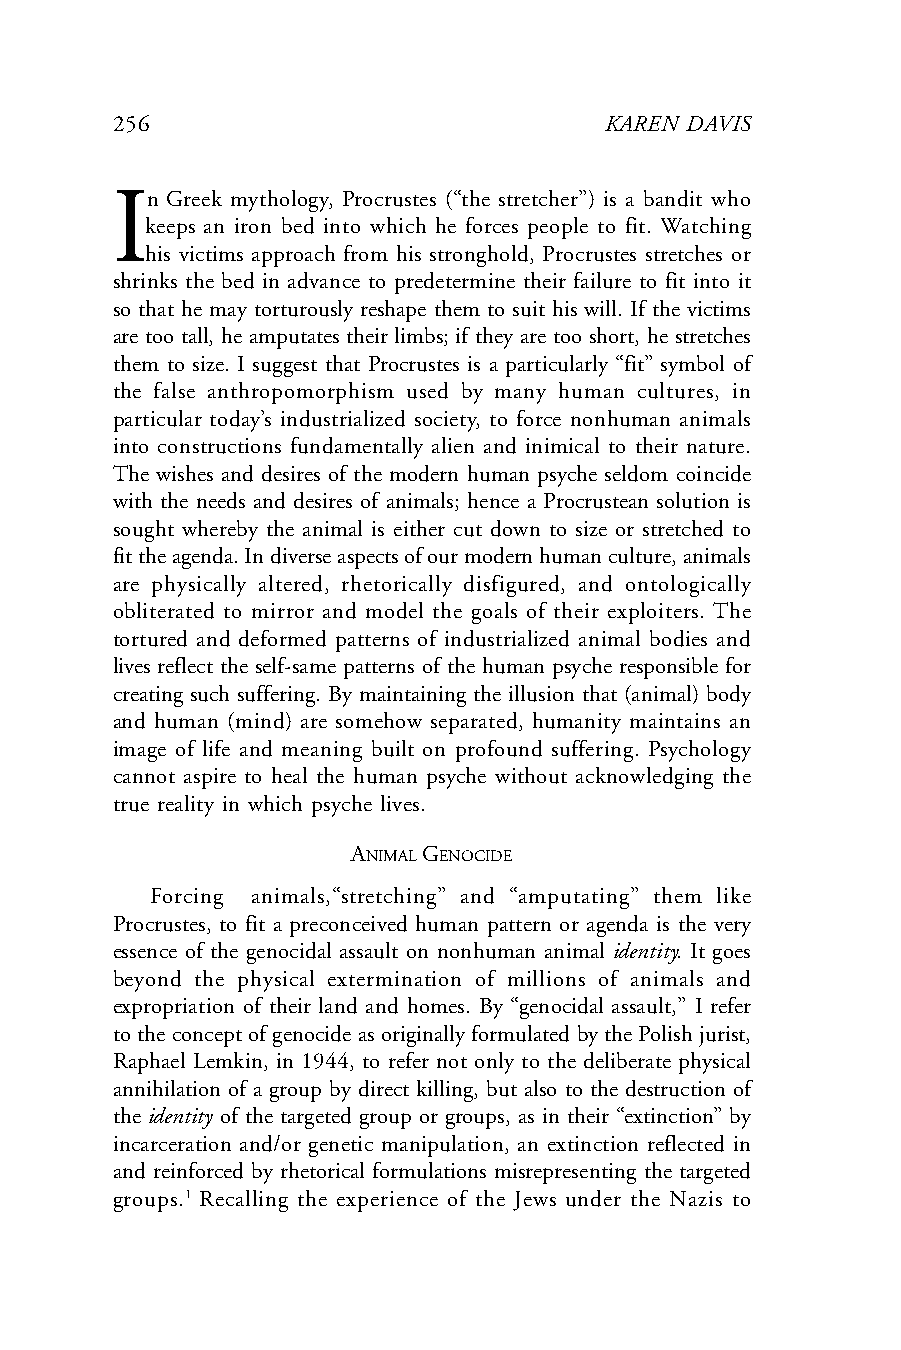
256                              KAREN DAVIS
 In  Greek mythology, Procrustes (“the stretcher”) is a bandit who
 keeps an iron bed into which he forces people to fit. Watching
 his victims approach from his stronghold, Procrustes stretches or
 shrinks the bed in advance to predetermine their failure to fit into it
 so that he may torturously reshape them to suit his will. If the victims
 are too tall, he amputates their limbs; if they are too short, he stretches
 them to size. I suggest that Procrustes is a particularly “fit” symbol of
 the false anthropomorphism used by many human cultures, in
 particular today’s industrialized society, to force nonhuman animals
 into constructions fundamentally alien and inimical to their nature.
 The wishes and desires of the modern human psyche seldom coincide
 with the needs and desires of animals; hence a Procrustean solution is
 sought whereby the animal is either cut down to size or stretched to
 fit the agenda. In diverse aspects of our modern human culture, animals
 are physically altered, rhetorically disfigured, and ontologically
 obliterated to mirror and model the goals of their exploiters. The
 tortured and deformed patterns of industrialized animal bodies and
 lives reflect the self-same patterns of the human psyche responsible for
 creating such suffering. By maintaining the illusion that (animal) body
 and human (mind) are somehow separated, humanity maintains an
 image of life and meaning built on profound suffering. Psychology
 cannot aspire to heal the human psyche without acknowledging the
 true reality in which psyche lives.
 ANIMAL GENOCIDE
 Forcing animals,“stretching” and “amputating” them like
 Procrustes, to fit a preconceived human pattern or agenda is the very
 essence of the genocidal assault on nonhuman animal identity. It goes
 beyond the physical extermination of millions of animals and
 expropriation of their land and homes. By “genocidal assault,” I refer
 to the concept of genocide as originally formulated by the Polish jurist,
 Raphael Lemkin, in 1944, to refer not only to the deliberate physical
 annihilation of a group by direct killing, but also to the destruction of
 the identity of the targeted group or groups, as in their “extinction” by
 incarceration and/or genetic manipulation, an extinction reflected in
 and reinforced by rhetorical formulations misrepresenting the targeted
 groups.1 Recalling the experience of the Jews under the Nazis to